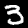
Digit: 3